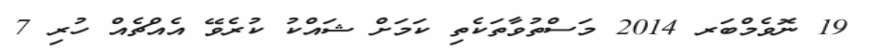
19 ނޮވެމްބަރ 2014 މަސްތުވާތަކެތި ކަމަށް ޝައްކު ކުރެވޭ އެއްޗެއް ހުރި 7